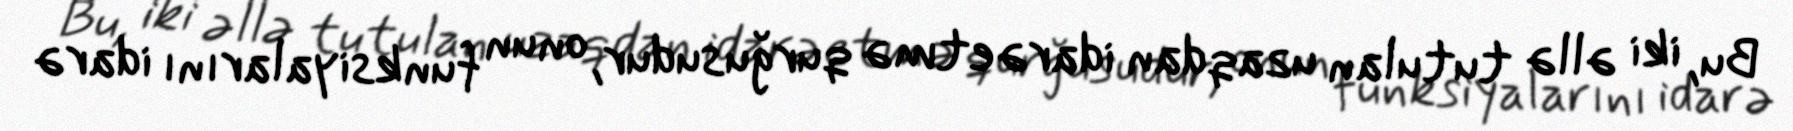
Bu, iki əllə tutulan uzaqdan idarəetmə qurğusudur, onun funksiyalarını idarə